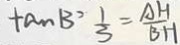
\tan B ^ { 2 } \frac { 1 } { 3 } = \frac { A H } { B H }